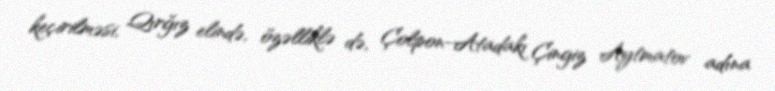
keçirilməsi, Qırğız elində, özəlliklə də, Çolpon-Atadakı Çingiz Aytmatov adına